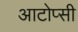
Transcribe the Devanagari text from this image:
आटोप्सी